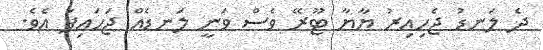
ދެ ލަނޑު ޖެހިއިރު ޔާޔާ ޓޫރޭ ވެސް ވަނީ ލަނޑެއް ޖަހައިފަ އެވެ.